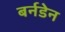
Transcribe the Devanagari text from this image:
बर्नडेन